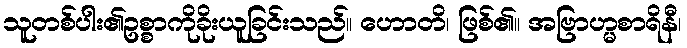
သူတစ်ပါး၏ဥစ္စာကိုခိုးယူခြင်းသည်။ ဟောတိ၊ ဖြစ်၏။ အဗြာဟ္မစာရိနီ၊